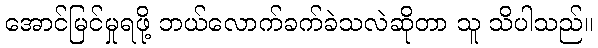
အောင်မြင်မှုရဖို့ ဘယ်လောက်ခက်ခဲသလဲဆိုတာ သူ သိပါသည်။